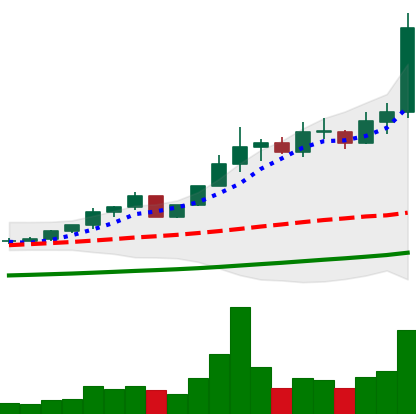
Ticker: ETC-USD
Chart end date: 2021-04-15
Forward return: 17.387%
Label: up_7plus